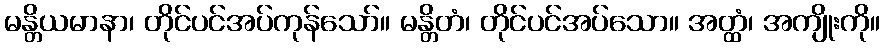
မန္တိယမာနာ၊ တိုင်ပင်အပ်ကုန်သော်။ မန္တိတံ၊ တိုင်ပင်အပ်သော။ အတ္ထံ၊ အကျိုးကို။